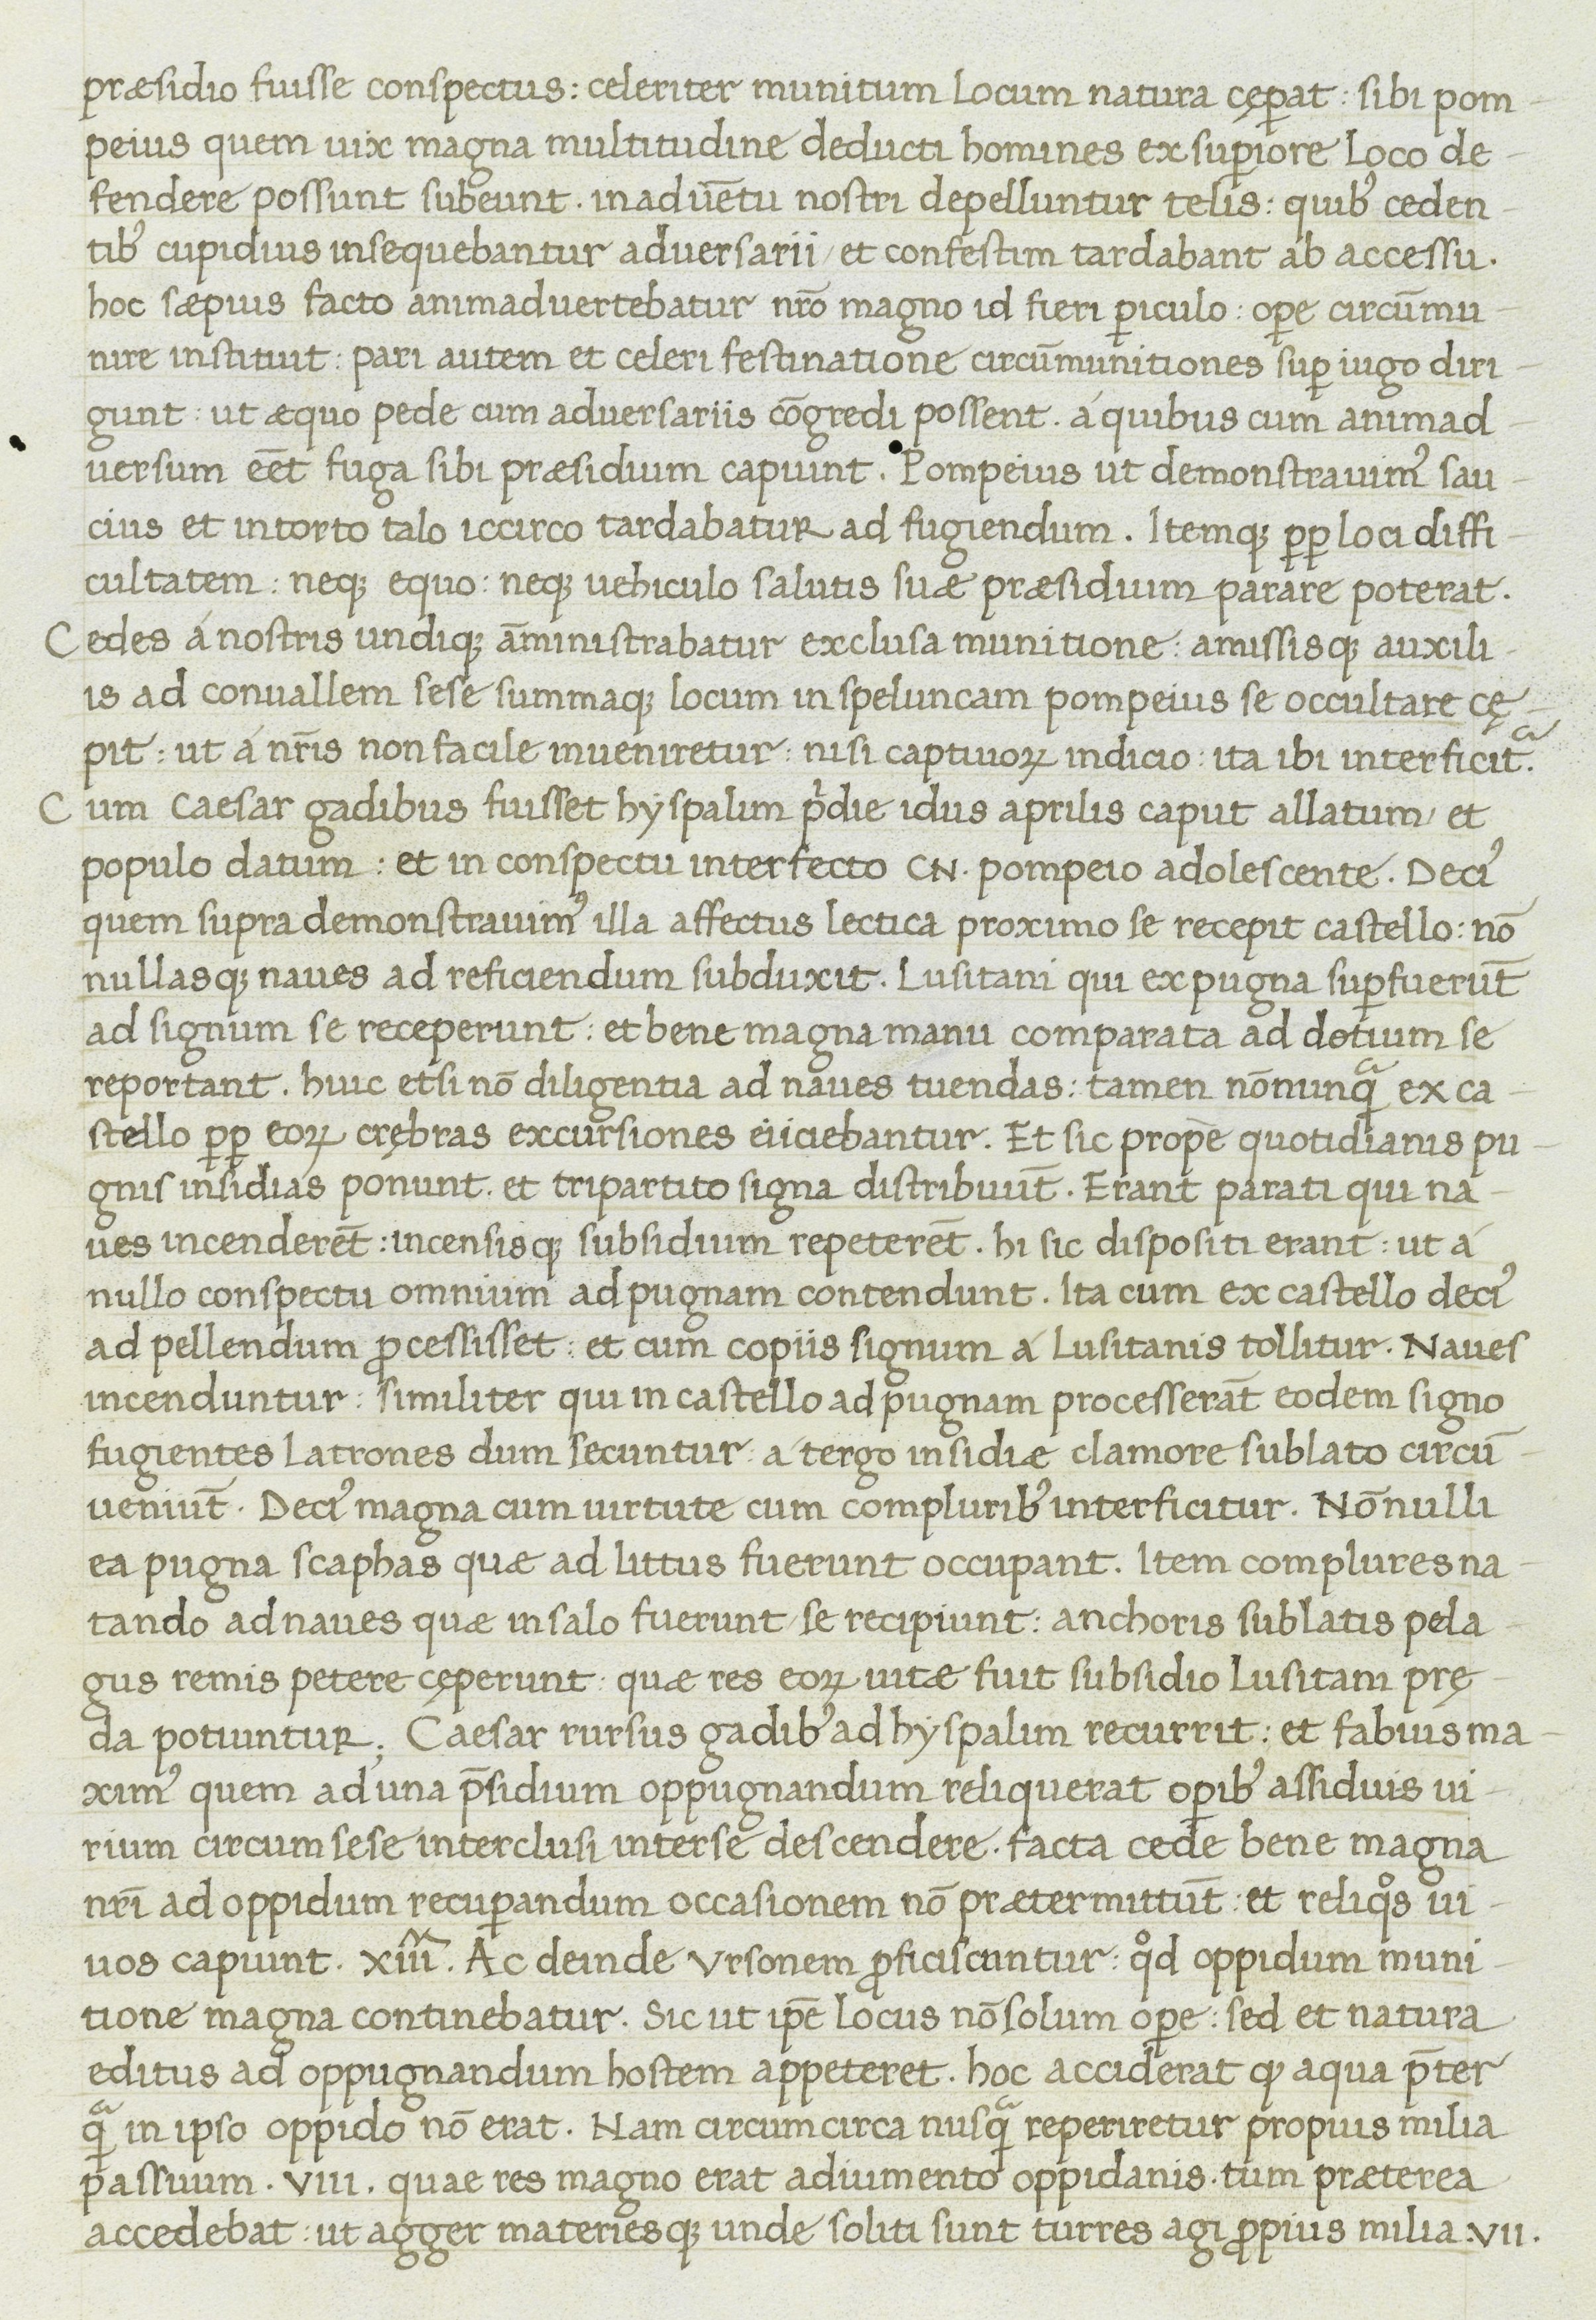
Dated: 1400–1499